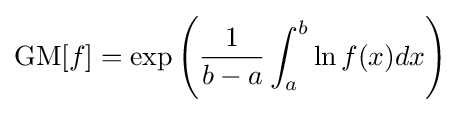
{\text{GM}}[f]=\exp \left({\frac {1}{b-a}}\int _{a}^{b}\ln f(x)dx\right)